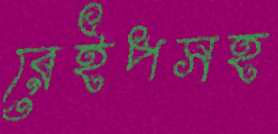
রেইপসহ